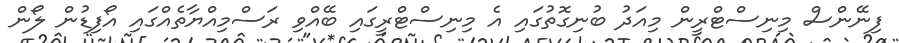
ފިނޭންސް މިނިސްޓްރީން މިއަދު ބުނިގޮތުގައި އެ މިނިސްޓްރީގައި ބޭއްވި ރަސްމިއްޔާތެއްގައި އޯފިޑުން ލޯން